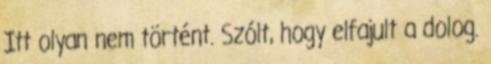
Itt olyan nem történt. Szólt, hogy elfajult a dolog.